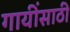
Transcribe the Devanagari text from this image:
गायींसाठी